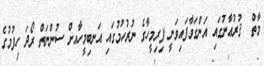
މާތް  ޤުރުޢާނުގައި އަންގަވާފައިވަނީ ފިރިމީހާގެ ނުރުހުމުގައި އަނބިމީހާއށް ސުންނަތް ރޯދަ ހިފުމުގެ